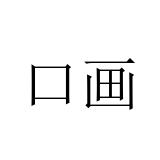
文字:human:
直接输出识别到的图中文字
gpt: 口画